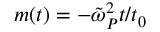
m ( t ) = - \tilde { \omega } _ { P } ^ { 2 } t / t _ { 0 }